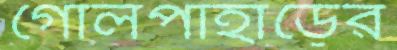
গোলপাহাড়ের